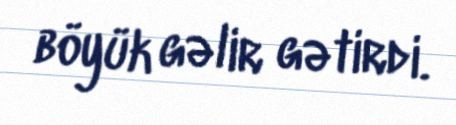
böyük gəlir gətirdi.